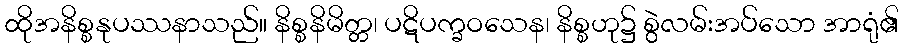
ထိုအနိစ္စနုပဿနာသည်။ နိစ္စနိမိတ္တ၊ ပဋိပက္ခဝသေန၊ နိစ္စဟု၌ စွဲလမ်းအပ်သော အာရုံ၏